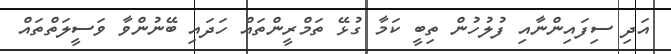
އަދި ސިފައިންނާއި ފުލުހުން ތިބީ ކަމާ ގުޅޭ ތަމްރީންތައް ހަދައި ބޭނުންވާ ވަސީލަތްތައް